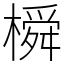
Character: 橓